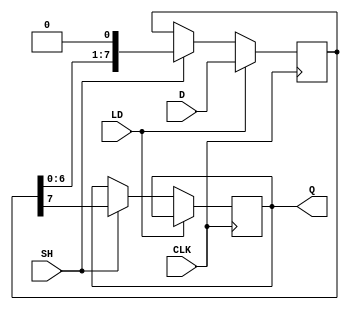
module PISO_Register (
    input wire [7:0] D,    // 8-bit parallel input data
    input wire LD,         // Load control signal
    input wire SH,         // Shift control signal
    input wire CLK,        // Clock signal
    output reg Q           // Serial output data
);

    reg [7:0] shift_reg;   // 8-bit shift register to hold data

    // Asynchronous reset (optional)
    always @(posedge CLK) begin
        if (LD) begin
            // Load data into shift register on Load signal
            shift_reg <= D;
        end else if (SH) begin
            // Shift operation: output the MSB and shift right
            Q <= shift_reg[7];  // Output the MSB
            shift_reg <= {shift_reg[6:0], 1'b0}; // Shift right
        end
        // If neither LD nor SH is asserted, do nothing
        // The shift_reg retains its value
    end

endmodule